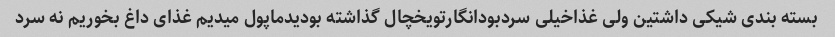
بسته بندی شیکی داشتین ولی غذاخیلی سردبودانگارتویخچال گذاشته بودیدماپول میدیم غذای داغ بخوریم نه سرد